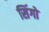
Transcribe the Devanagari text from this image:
सिंगो